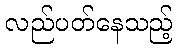
လည်ပတ်နေသည့်